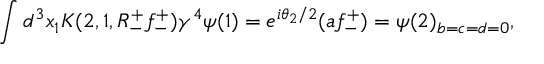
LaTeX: \int d ^ { 3 } x _ { 1 } K ( 2 , 1 , R _ { - } ^ { + } f _ { - } ^ { + } ) \gamma ^ { 4 } \psi ( 1 ) = e ^ { i \theta _ { 2 } / 2 } ( a f _ { - } ^ { + } ) = \psi ( 2 ) _ { b = c = d = 0 } ,